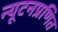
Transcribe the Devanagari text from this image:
न्यूटनप्रणित